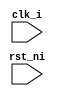
module ex_stage (
    input wire clk_i,
    input wire rst_ni
);
    
endmodule